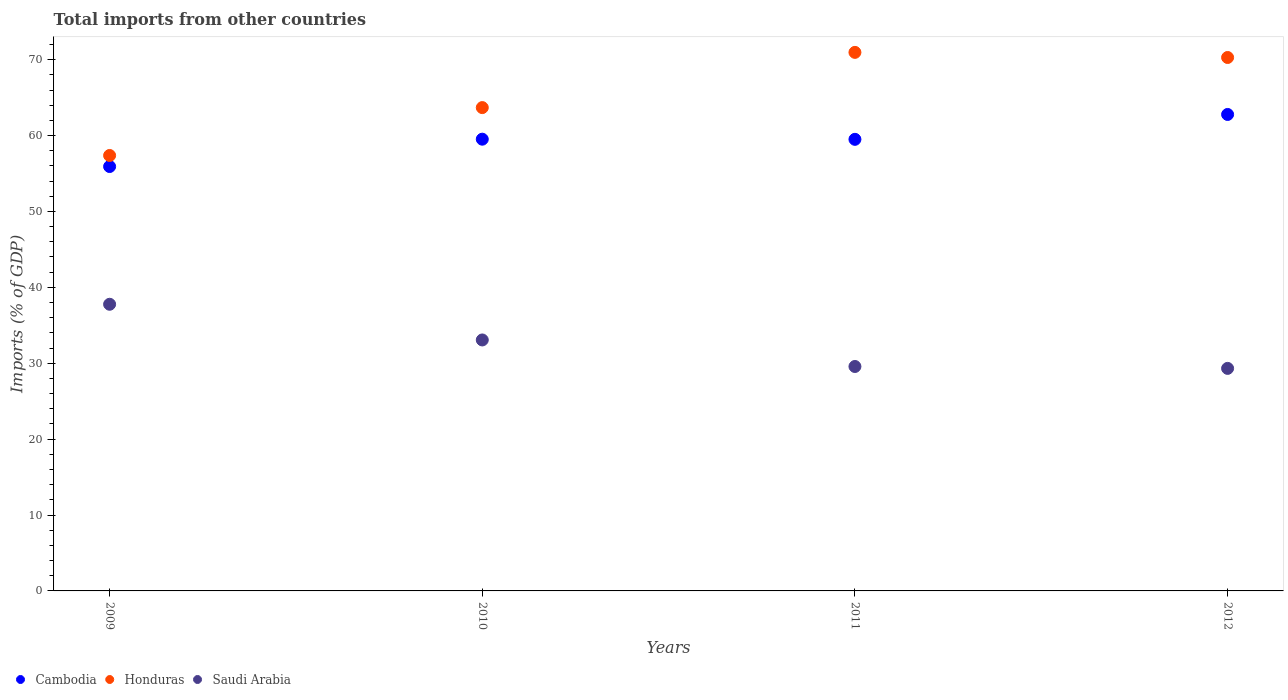
| Years | Cambodia | Honduras | Saudi Arabia |
 | --- | --- | --- | --- |
 | 2009 | 55.9 | 57.4 | 37.8 |
 | 2010 | 59.5 | 63.7 | 33.1 |
 | 2011 | 59.5 | 71 | 29.6 |
 | 2012 | 62.8 | 70.3 | 29.3 |